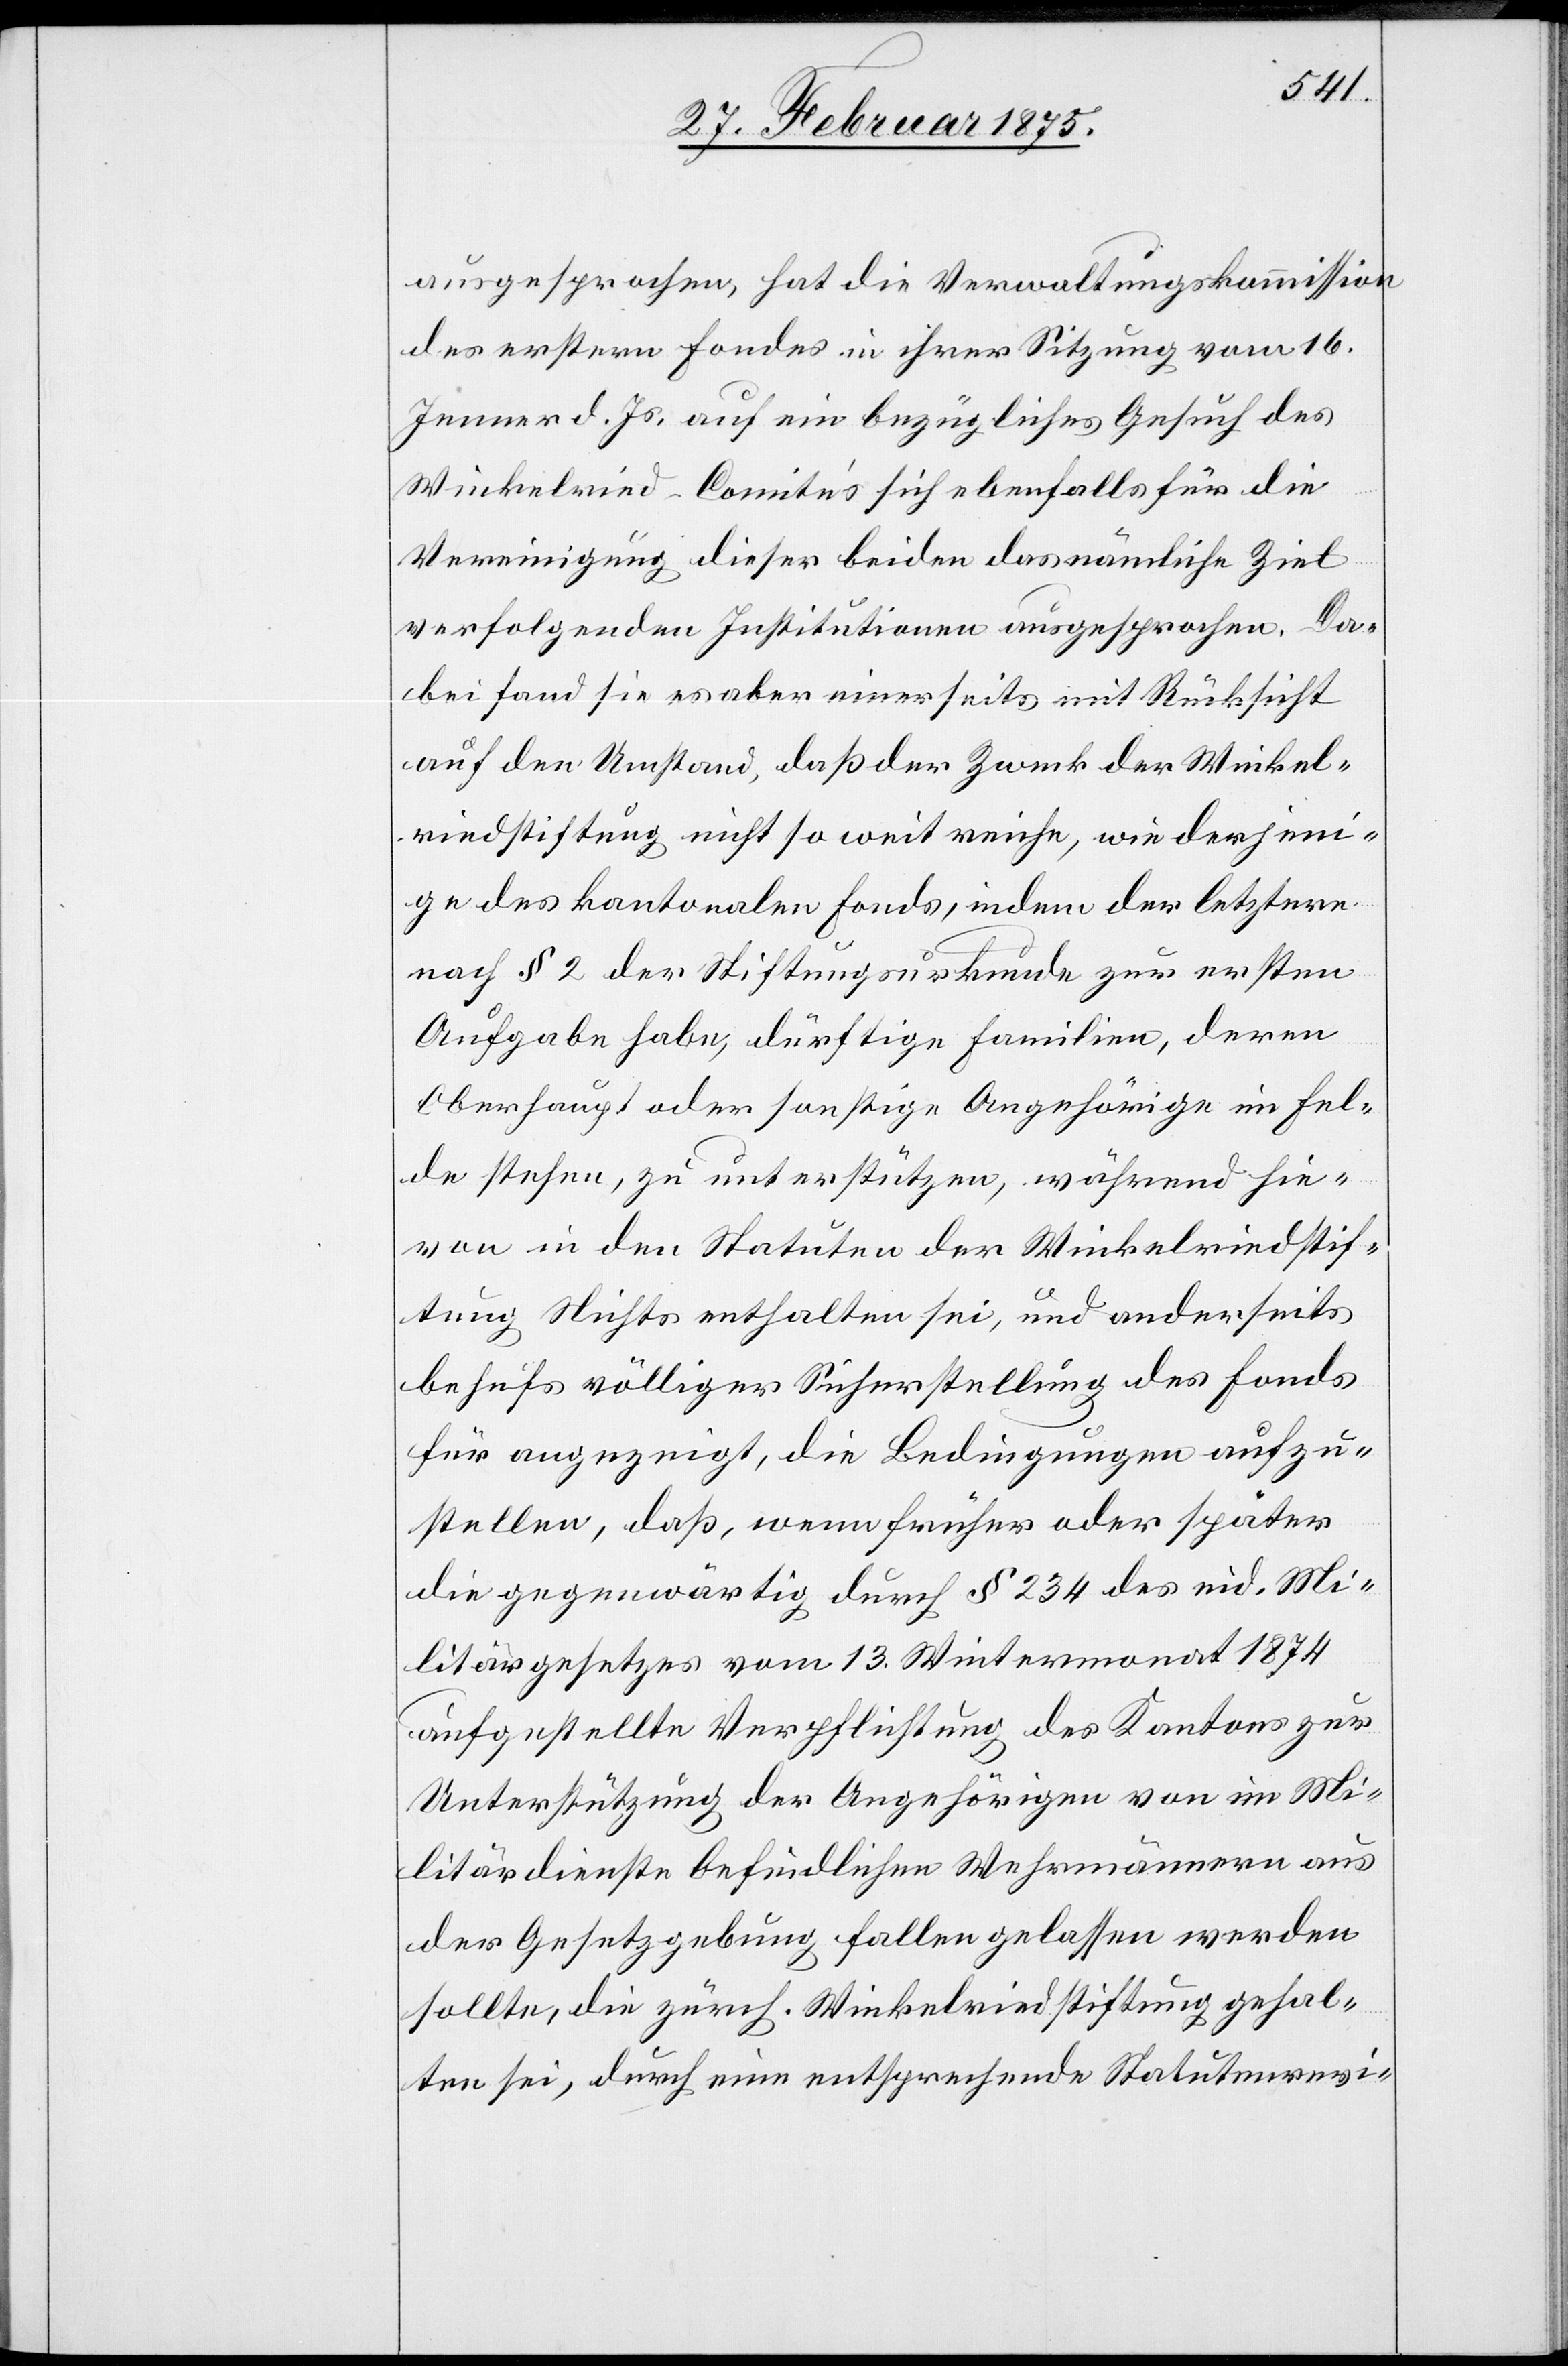
ausgesprochen, hat die Verwaltungskommission
des erstern Fondes in ihrer Sitzung vom 16.
Jenner d. Js. auf ein bezügliches Gesuch des
Winkelried-Comités sich ebenfalls für die
Vereinigung dieser beiden das nämliche Ziel
verfolgenden Institutionen ausgesprochen. Da¬
bei fand sie es aber einerseits mit Rücksicht
auf den Umstand, daß der Zweck der Winkel¬
riedstiftung nicht so weit reiche, wie derjeni¬
ge des kantonalen Fonds, indem der letztere
nach § 2 der Stiftungsurkunde zur ersten
Aufgabe habe, dürftige Familien, deren
Oberhaupt oder sonstige Angehörige im Fel¬
de stehen, zu unterstützten, während hie¬
von in den Statuten der Winkelriedstif¬
tung Nichts enthalten sei, und anderseits
behufs völliger Sicherstellung des Fonds
für angezeigt, die Bedingungen aufzu¬
stellen, daß, wenn früher oder später
die gegenwärtig durch § 234 des eid. Mi¬
litärgesetzes vom 13. Wintermonat 1874
aufgestellte Verpflichtung des Kantons zur
Unterstützung der Angehörigen von im Mi¬
litärdienste befindlichen Wehrmännern aus
der Gesetzgebung fallen gelassen werden
sollte, die zürch. Winkelriedstiftung gehal¬
ten sei, durch eine entsprechende Statutenrevi-